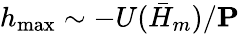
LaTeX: h_{\operatorname*{max}}\sim-U(\bar{H}_{m})/\mathbf{P}